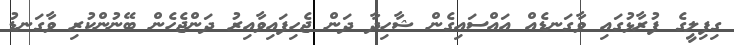
ގިފިލީގެ ފުރާޅުގައި ވާގަނޑެއް އައްސައިގެން ޝާހިދާ ދަން ޖެހިފައިވާއިރު ދަންޖެހެން ބޭނުންކުރި ވާގަނޑު